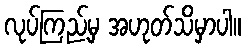
လုပ်ကြည့်မှ အဟုတ်သိမှာပါ။